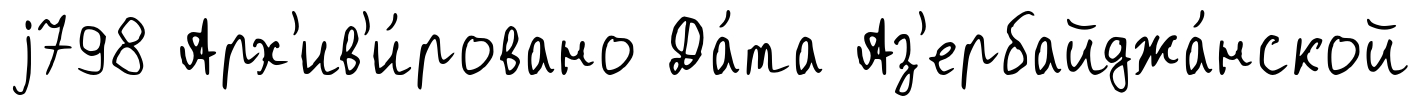
j798 Арх'ив'и́ровано Да́та Аз'ербайджа́нской